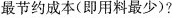
最节约成本(即用料最少)?